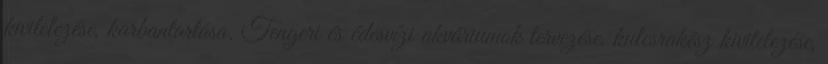
kivitelezése, karbantartása. Tengeri és édesvízi akváriumok tervezése, kulcsrakész kivitelezése,